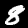
Digit: 8